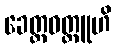
ခေတ္တဝတ္ထူဟိ